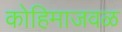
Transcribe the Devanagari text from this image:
कोहिमाजवळ